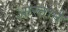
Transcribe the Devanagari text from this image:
आस्ताने